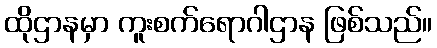
ထိုဌာနမှာ ကူးစက်ရောဂါဌာန ဖြစ်သည်။